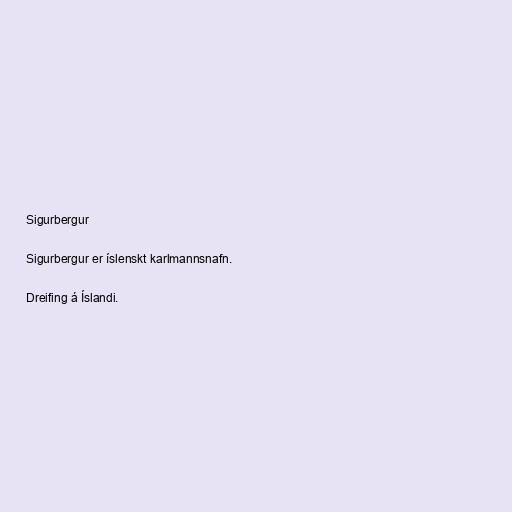
Sigurbergur

Sigurbergur er íslenskt karlmannsnafn.

Dreifing á Íslandi.